Indian journal of veterinary science and animal husbandry - Volume 2,
Year: 1932
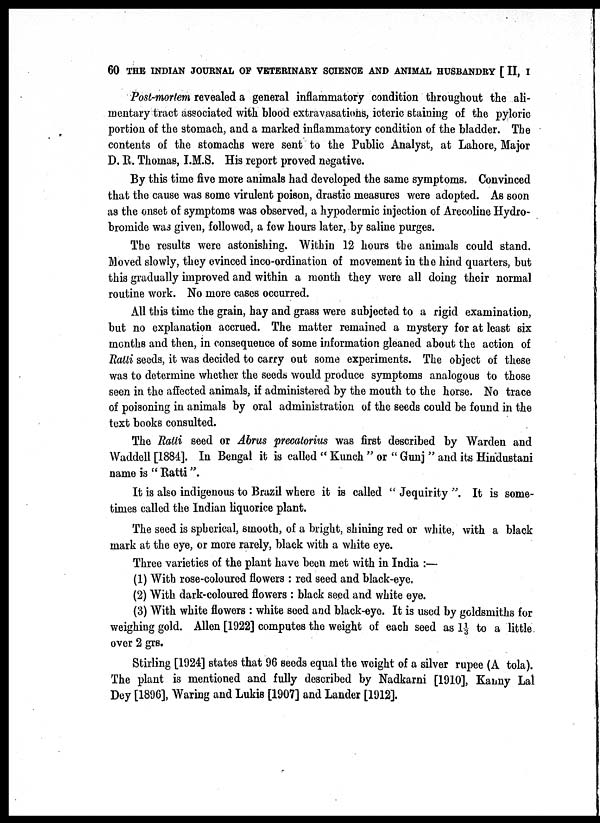
60 THE INDIAN JOURNAL OF VETERINARY SCIENCE AND ANIMAL HUSBANDRY [ II, I
Post-mortem revealed a general inflammatory condition throughout the ali
mentary tract associated with blood extravasations, icteric staining of the pyloric
portion of the stomach, and a marked inflammatory condition of the bladder. The
contents of the stomachs were sent to the Public Analyst, at Lahore, Major
D. R. Thomas, I.M.S. His report proved negative.
By this time five more animals had developed the same symptoms. Convinced
that the cause was some virulent poison, drastic measures were adopted. As soon
as the onset of symptoms was observed, a hypodermic injection of Arecoline Hydro-
bromide was given, followed, a few hours later, by saline purges.
The results were astonishing. Within 12 hours the animals could stand.
Moved slowly, they evinced inco-ordination of movement in the hind quarters, but
this gradually improved and within a month they were all doing their normal
routine work. No more cases occurred.
All this time the grain, hay and grass were subjected to a rigid examination,
but no explanation accrued. The matter remained a mystery for at least six
months and then, in consequence of some information gleaned about the action of
Ratti seeds, it was decided to carry out some experiments. The object of these
was to determine whether the seeds would produce symptoms analogous to those
seen in the affected animals, if administered by the mouth to the horse. No trace
of poisoning in animals by oral administration of the seeds could be found in the
text books consulted.
The Ratti seed or Abrus precatorius was first described by Warden and
Waddell [1884]. In Bengal it is called " Kunch " or " Gunj " and its Hindustani
name is " Ratti ".
It is also indigenous to Brazil where it is called " Jequirity ". It is some
times called the Indian liquorice plant.
The seed is spherical, smooth, of a bright, shining red or white, with a black
mark at the eye, or more rarely, black with a white eye.
Three varieties of the plant have been met with in India :—
(1) With rose-coloured flowers : red seed and black-eye.
(2) With dark-coloured flowers : black seed and white eye.
(3) With white flowers : white seed and black-eye. It is used by goldsmiths for
weighing gold. Allen [1922] computes the weight of each seed as 1⅓ to a little
over 2 grs.
Stirling [1924] states that 96 seeds equal the weight of a silver rupee (A tola).
The plant is mentioned and fully described by Nadkarni [1910], Kanny Lal
Dey [1896], Waring and Lukis [1907] and Lander [1912].